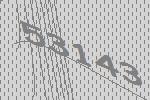
53143